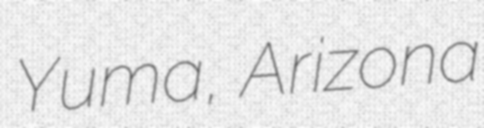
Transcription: Yuma, Arizona